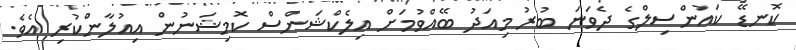
ކޮނޑޭ ކައުންސިލްގެ ދެވަނަ ބުރު މިއަދު ބޭއްވުމަށް އިލެކްޝަންސް ކޮމިޝަނުން އިއުލާންކުރި އެވެ.